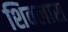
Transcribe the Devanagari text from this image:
शिवलास